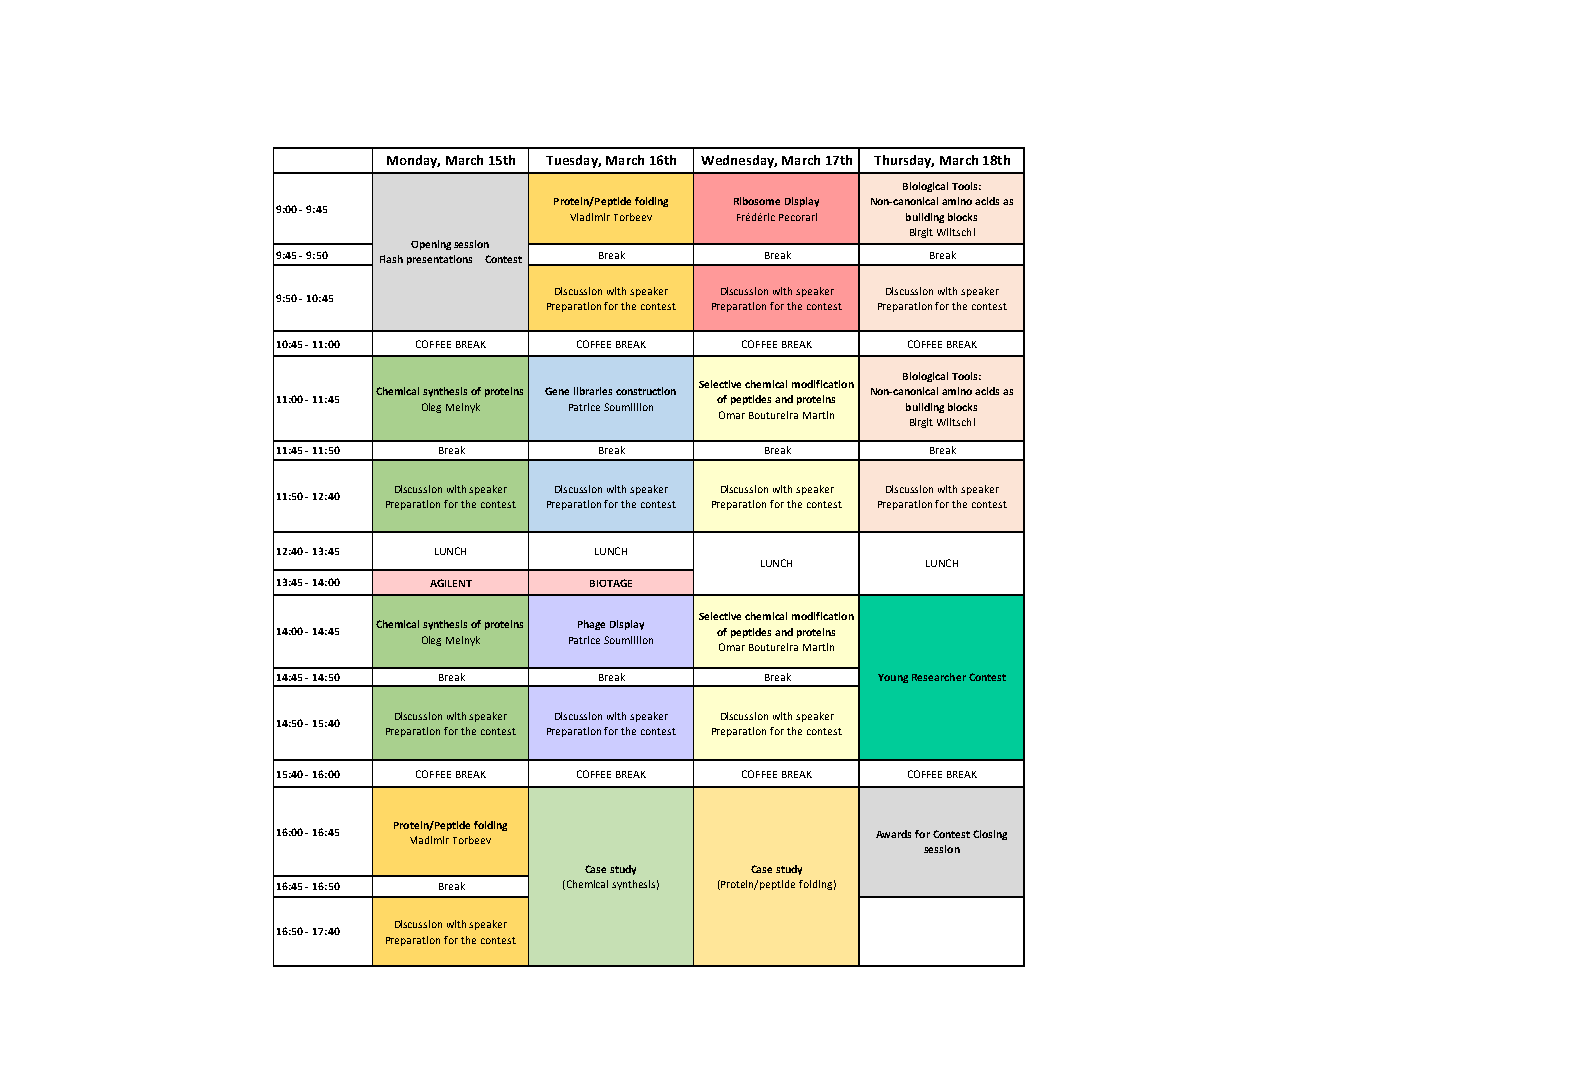
Monday, March 15th Tuesday, March 16th Wednesday, March 17th Thursday, March 18th
 Biological Tools:
 Protein/Peptide folding R i b o s o m e D i s p lay N o n - c a n o n i c a l amino acids as
 9:00 - 9:45
 Vladimir Torbeev Frédéric Pecorari building blocks
 Birgit Wiltschi
 Opening session
 9:45 - 9:50 Flash presentations Contest Break Break Break
 Discussion with speaker Discussion with speaker Discussion with speaker
 9:50 - 10:45
 Preparation for the contest Preparation for the contest Preparation for the contest
 10:45 - 11:00 COFFEE BREAK COFFEE BREAK COFFEE BREAK COFFEE BREAK
 Biological Tools:
 Selective chemical modification
 Chemical synthesis of proteins G e n e l i b r a r i e s c o n s t r uction Non-canonical amino acids as
 11:00 - 11:45                of peptides and proteins
 Oleg Melnyk Patrice Soumillion  building blocks
 Omar Boutureira Martín
 Birgit Wiltschi
 11:45 - 11:50 Break   Break      Break     Break
 Discussion with speaker Discussion with speaker Discussion with speaker Discussion with speaker
 11:50 - 12:40
 Preparation for the contest Preparation for the contest Preparation for the contest Preparation for the contest
 12:40 - 13:45 LUNCH  LUNCH
 LUNCH      LUNCH
 13:45 - 14:00 AGILENT BIOTAGE
 Selective chemical modification
 Chemical synthesis of proteins P h a g e D i s p l a y
 14:00 - 14:45                of peptides and proteins
 Oleg Melnyk Patrice Soumillion
 Omar Boutureira Martín
 14:45 - 14:50 Break   Break      Break  Young Researcher Contest
 Discussion with speaker Discussion with speaker Discussion with speaker
 14:50 - 15:40
 Preparation for the contest Preparation for the contest Preparation for the contest
 15:40 - 16:00 COFFEE BREAK COFFEE BREAK COFFEE BREAK COFFEE BREAK
 Protein/Peptide folding
 16:00 - 16:45 Vladimir Torbeev          Awards for Contest Closing
 session
 Case study Case study
 16:45 - 16:50 Break (Chemical synthesis) (Protein/peptide folding)
 Discussion with speaker
 16:50 - 17:40
 Preparation for the contest